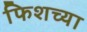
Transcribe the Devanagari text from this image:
फिशच्या